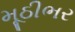
મૂઠીભર